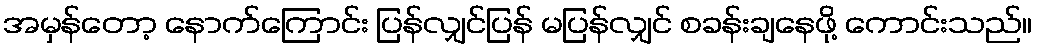
အမှန်တော့ နောက်ကြောင်း ပြန်လျှင်ပြန် မပြန်လျှင် စခန်းချနေဖို့ ကောင်းသည်။